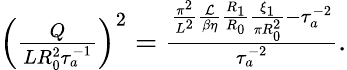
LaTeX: \begin{array}{r}{\left(\frac{Q}{LR_{0}^{2}\tau_{a}^{-1}}\right)^{2}=\frac{\frac{\pi^{2}}{L^{2}}\frac{\mathcal{L}}{\beta\eta}\frac{R_{1}}{R_{0}}\frac{\xi_{1}}{\pi R_{0}^{2}}-\tau_{a}^{-2}}{\tau_{a}^{-2}}.}\end{array}